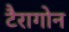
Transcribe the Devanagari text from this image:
टैरागोन